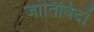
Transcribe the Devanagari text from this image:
जातिविदों